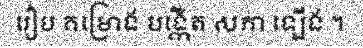
រៀប គម្រោង បង្កើត សភា ឡើង ។